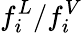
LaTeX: f_{i}^{L}/f_{i}^{V}